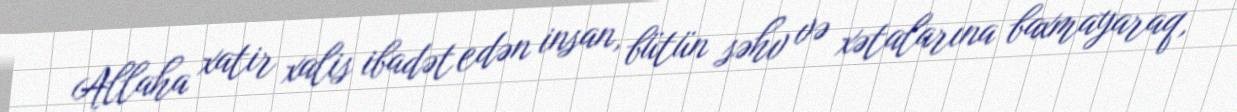
Allaha xatir xalis ibadət edən insan, bütün səhv və xətalarına baxmayaraq,